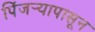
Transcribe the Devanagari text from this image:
पिंजर्‍यापासून